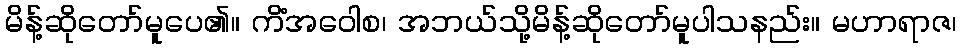
မိန့်ဆိုတော်မူပေ၏။ ကိံအဝေါစ၊ အဘယ်သို့မိန့်ဆိုတော်မူပါသနည်း။ မဟာရာဇ၊